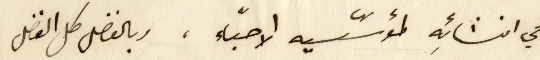
في انشائِه لمؤسّسيه الاحبّاء، وبالفضل كل الفضل